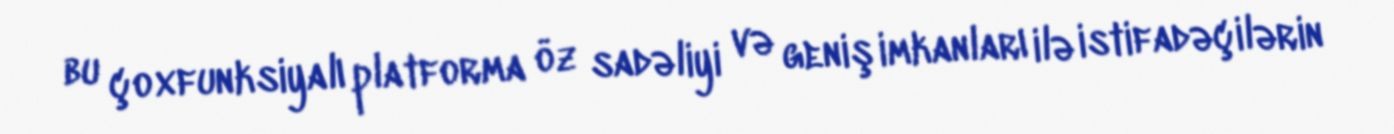
bu çoxfunksiyalı platforma öz sadəliyi və geniş imkanları ilə istifadəçilərin